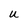
Character: u